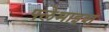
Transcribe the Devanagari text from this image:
फ्लेमाइश